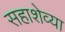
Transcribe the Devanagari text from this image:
सहाशेव्या